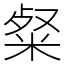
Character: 粲